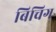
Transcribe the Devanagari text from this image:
बिचिग